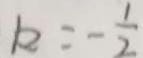
k = - \frac { 1 } { 2 }